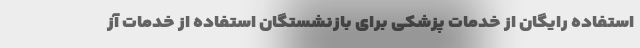
استفاده رایگان از خدمات پزشکی برای بازنشستگان استفاده از خدمات آز